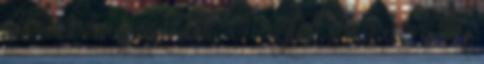
itt :: 0 regisztrált, 0 rejtett és 1 vendég